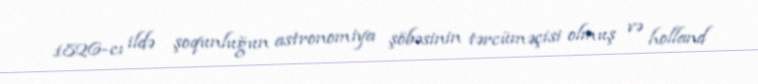
1826-cı ildə şoqunluğun astronomiya şöbəsinin tərcüməçisi olmuş və holland